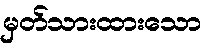
မှတ်သားထားသော